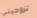
تزوجيني